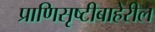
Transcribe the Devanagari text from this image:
प्राणिसृष्टीबाहेरील